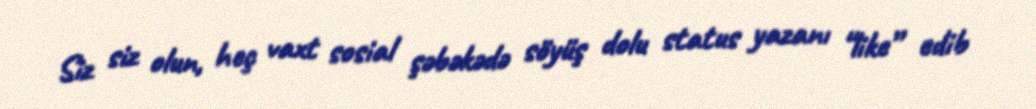
Siz siz olun, heç vaxt sosial şəbəkədə söyüş dolu status yazanı “like” edib